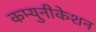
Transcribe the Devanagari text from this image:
कम्युनीकेशन